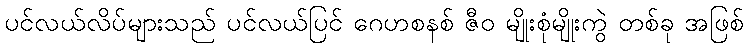
ပင်လယ်လိပ်များသည် ပင်လယ်ပြင် ဂေဟစနစ် ဇီဝ မျိုးစုံမျိုးကွဲ တစ်ခု အဖြစ်